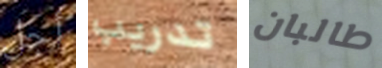
أجل تدريب طالبان